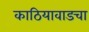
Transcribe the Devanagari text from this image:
काठियावाडचा